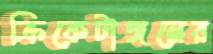
ক্রিকেটাঙ্গনের